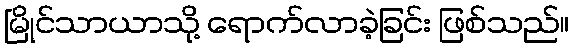
မြိုင်သာယာသို့ ရောက်လာခဲ့ခြင်း ဖြစ်သည်။